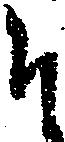
そ